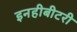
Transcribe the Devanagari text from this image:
इनहीबीटरी